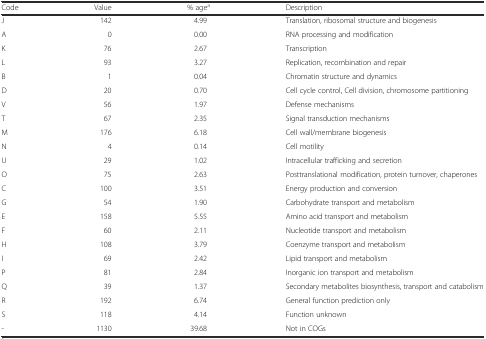
<table><thead><tr><td><b>Code</b></td><td><b>Value</b></td><td><b>% age<sup>a</sup></b></td><td><b>Description</b></td></tr></thead><tbody><tr><td>J</td><td>142</td><td>4.99</td><td>Translation, ribosomal structure and biogenesis</td></tr><tr><td>A</td><td>0</td><td>0.00</td><td>RNA processing and modification</td></tr><tr><td>K</td><td>76</td><td>2.67</td><td>Transcription</td></tr><tr><td>L</td><td>93</td><td>3.27</td><td>Replication, recombination and repair</td></tr><tr><td>B</td><td>1</td><td>0.04</td><td>Chromatin structure and dynamics</td></tr><tr><td>D</td><td>20</td><td>0.70</td><td>Cell cycle control, Cell division, chromosome partitioning</td></tr><tr><td>V</td><td>56</td><td>1.97</td><td>Defense mechanisms</td></tr><tr><td>T</td><td>67</td><td>2.35</td><td>Signal transduction mechanisms</td></tr><tr><td>M</td><td>176</td><td>6.18</td><td>Cell wall/membrane biogenesis</td></tr><tr><td>N</td><td>4</td><td>0.14</td><td>Cell motility</td></tr><tr><td>U</td><td>29</td><td>1.02</td><td>Intracellular trafficking and secretion</td></tr><tr><td>O</td><td>75</td><td>2.63</td><td>Posttranslational modification, protein turnover, chaperones</td></tr><tr><td>C</td><td>100</td><td>3.51</td><td>Energy production and conversion</td></tr><tr><td>G</td><td>54</td><td>1.90</td><td>Carbohydrate transport and metabolism</td></tr><tr><td>E</td><td>158</td><td>5.55</td><td>Amino acid transport and metabolism</td></tr><tr><td>F</td><td>60</td><td>2.11</td><td>Nucleotide transport and metabolism</td></tr><tr><td>H</td><td>108</td><td>3.79</td><td>Coenzyme transport and metabolism</td></tr><tr><td>I</td><td>69</td><td>2.42</td><td>Lipid transport and metabolism</td></tr><tr><td>P</td><td>81</td><td>2.84</td><td>Inorganic ion transport and metabolism</td></tr><tr><td>Q</td><td>39</td><td>1.37</td><td>Secondary metabolites biosynthesis, transport and catabolism</td></tr><tr><td>R</td><td>192</td><td>6.74</td><td>General function prediction only</td></tr><tr><td>S</td><td>118</td><td>4.14</td><td>Function unknown</td></tr><tr><td>-</td><td>1130</td><td>39.68</td><td>Not in COGs</td></tr></tbody></table>